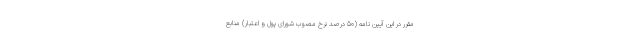
مقرر در این آیین نامه (50 درصد نرخ مصوب شورای پول و اعتبار) منابع